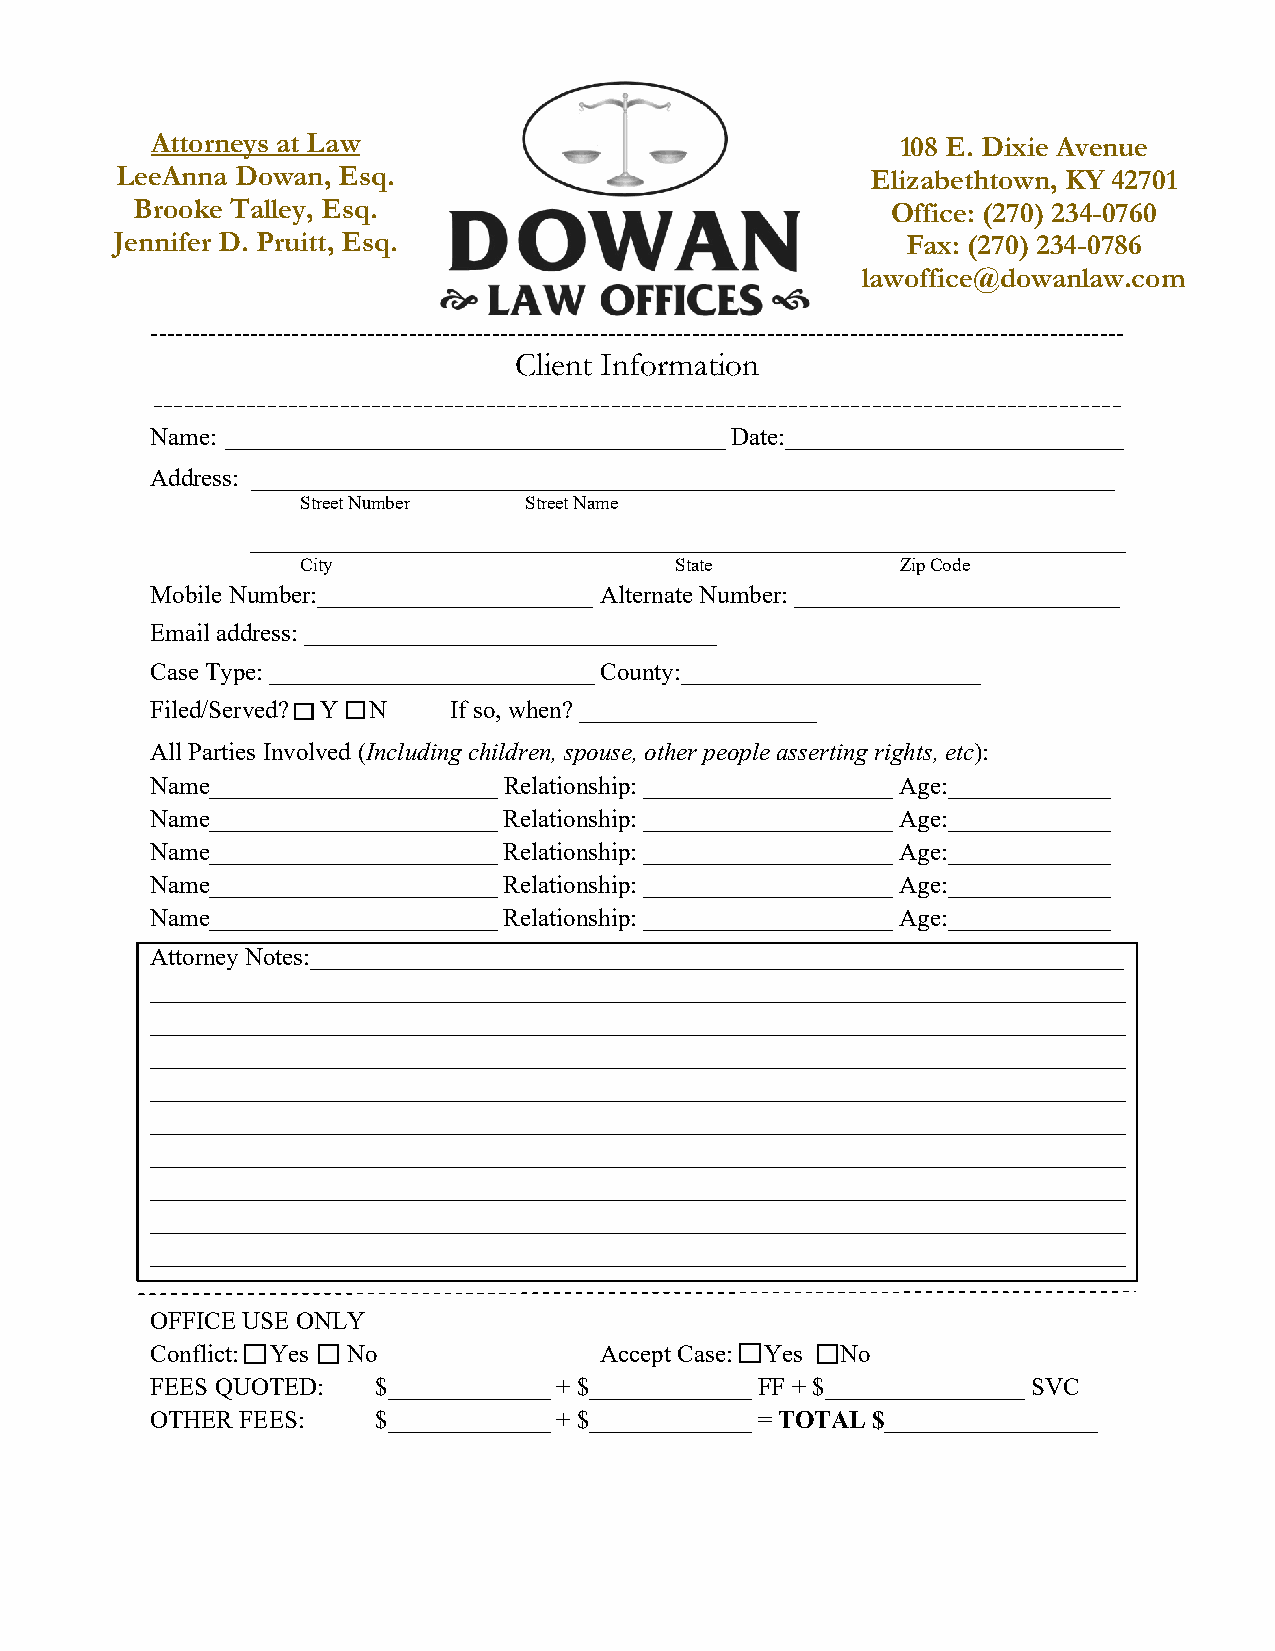
Attorneys at Law                                  108 E. Dixie Avenue
 LeeAnna Dowan, Esq.                               Elizabethtown, KY 42701
 Brooke Talley, Esq.                               Office: (270) 234-0760
 Jennifer D. Pruitt, Esq.                             Fax: (270) 234-0786
 lawoffice@dowanlaw.com
 ---------------------------------------------------------------------------------------------------------------------
 Client Information
 ---------------------------------------------------------------------------------------------
 Name: ________________________________________ Date:___________________________
 Address: _____________________________________________________________________
 Street Number  Street Name
 ______________________________________________________________________
 City                     State          Zip Code
 Mobile Number:______________________ Alternate Number: __________________________
 Email address: _________________________________
 Case Type:__________________________ County:________________________
 Filed/Served? Y N   If so, when?___________________
 All Parties Involved (Including children, spouse, other people asserting rights, etc):
 Name_______________________ Relationship: ____________________ Age:_____________
 Name_______________________ Relationship:____________________ Age:_____________
 Name_______________________ Relationship: ____________________ Age:_____________
 Name_______________________ Relationship: ____________________ Age:_____________
 Name_______________________ Relationship:____________________ Age:_____________
 Attorney Notes:_________________________________________________________________
 ______________________________________________________________________________
 ______________________________________________________________________________
 ______________________________________________________________________________
 ______________________________________________________________________________
 ______________________________________________________________________________
 ______________________________________________________________________________
 ______________________________________________________________________________
 ______________________________________________________________________________
 ______________________________________________________________________________
 OFFICE USE ONLY
 Conflict: Yes No              Accept Case: Yes No
 FEES QUOTED:   $_____________ + $_____________ FF + $________________ SVC
 OTHER FEES:    $_____________ + $_____________ = TOTAL $_________________